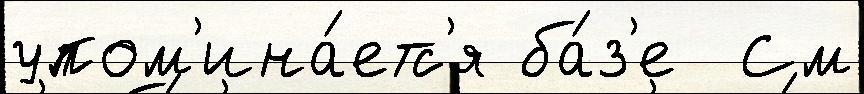
упом'ина́етс'я ба́з'е  См